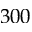
3 0 0